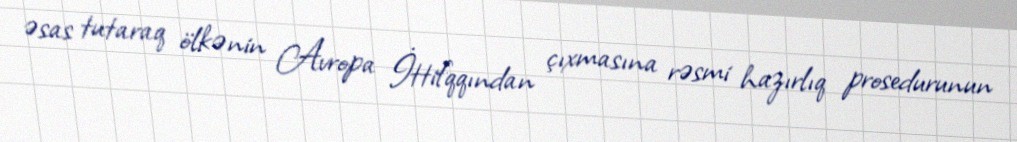
əsas tutaraq ölkənin Avropa İttifqqından çıxmasına rəsmi hazırlıq prosedurunun